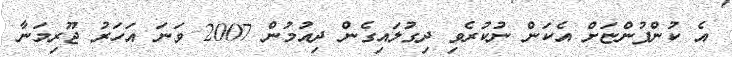
އެ ކުންފުންޏަށް އެކަން ނުކުރެވި ދިގުލައިގެން ދިއުމުން 2007 ވަނަ އަހަރު ޖޫރިމަނާ